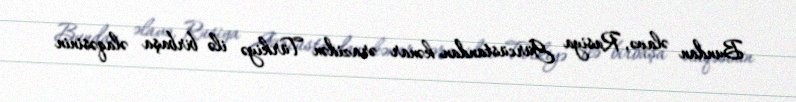
Bundan əlavə, Rusiya Gürcüstandan kənar ərazidən Türkiyə ilə birbaşa əlaqəsinin